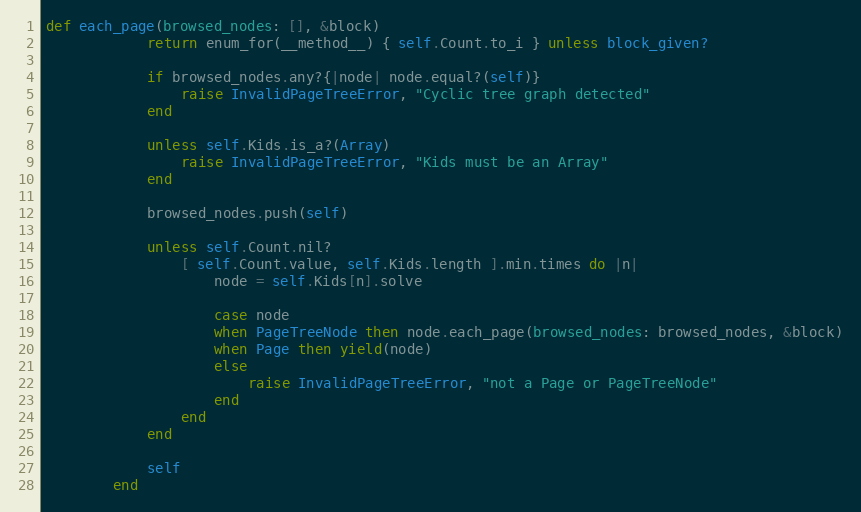
Language: Ruby
def each_page(browsed_nodes: [], &block)
            return enum_for(__method__) { self.Count.to_i } unless block_given?

            if browsed_nodes.any?{|node| node.equal?(self)}
                raise InvalidPageTreeError, "Cyclic tree graph detected"
            end

            unless self.Kids.is_a?(Array)
                raise InvalidPageTreeError, "Kids must be an Array"
            end

            browsed_nodes.push(self)

            unless self.Count.nil?
                [ self.Count.value, self.Kids.length ].min.times do |n|
                    node = self.Kids[n].solve

                    case node
                    when PageTreeNode then node.each_page(browsed_nodes: browsed_nodes, &block)
                    when Page then yield(node)
                    else
                        raise InvalidPageTreeError, "not a Page or PageTreeNode"
                    end
                end
            end

            self
        end